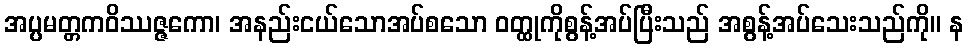
အပ္ပမတ္တကဝိဿဇ္ဇကော၊ အနည်းငယ်သောအပ်စသော ဝတ္ထုကိုစွန့်အပ်ပြီးသည် အစွန့်အပ်သေးသည်ကို။ န